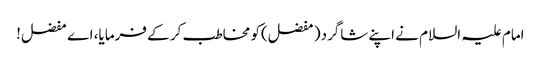
امام علیہ السلام نے اپنے شاگرد( مفضل)کو مخاطب کر کے فرمایا، اے مفضل!